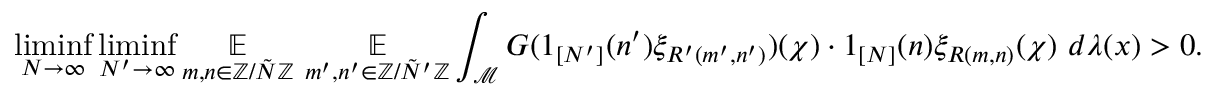
\operatorname* { l i m i n f } _ { N \rightarrow \infty } \operatorname* { l i m i n f } _ { N ^ { \prime } \rightarrow \infty } \underset { m , n \in \mathbb { Z } / \tilde { N } \mathbb { Z } } { \mathbb { E } } ~ \underset { m ^ { \prime } , n ^ { \prime } \in \mathbb { Z } / \tilde { N } ^ { \prime } \mathbb { Z } } { \mathbb { E } } \int _ { \mathcal { M } } G ( 1 _ { [ N ^ { \prime } ] } ( n ^ { \prime } ) \xi _ { R ^ { \prime } ( m ^ { \prime } , n ^ { \prime } ) } ) ( \chi ) \cdot 1 _ { [ N ] } ( n ) \xi _ { R ( m , n ) } ( \chi ) ~ d \lambda ( x ) > 0 .